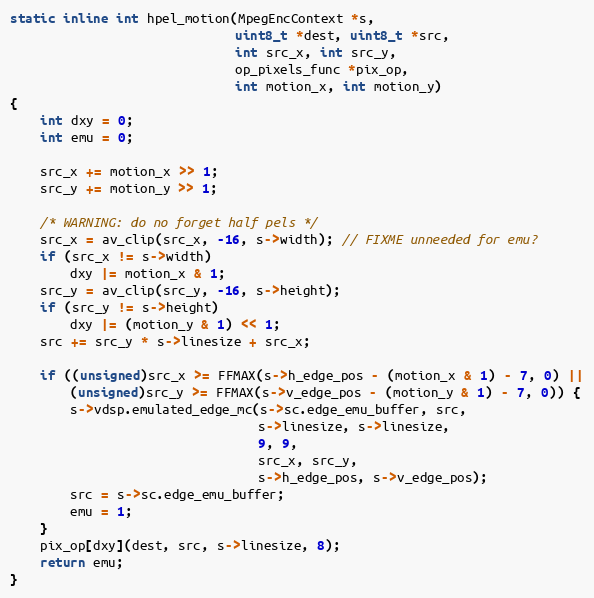
Language: C
static inline int hpel_motion(MpegEncContext *s,
                              uint8_t *dest, uint8_t *src,
                              int src_x, int src_y,
                              op_pixels_func *pix_op,
                              int motion_x, int motion_y)
{
    int dxy = 0;
    int emu = 0;

    src_x += motion_x >> 1;
    src_y += motion_y >> 1;

    /* WARNING: do no forget half pels */
    src_x = av_clip(src_x, -16, s->width); // FIXME unneeded for emu?
    if (src_x != s->width)
        dxy |= motion_x & 1;
    src_y = av_clip(src_y, -16, s->height);
    if (src_y != s->height)
        dxy |= (motion_y & 1) << 1;
    src += src_y * s->linesize + src_x;

    if ((unsigned)src_x >= FFMAX(s->h_edge_pos - (motion_x & 1) - 7, 0) ||
        (unsigned)src_y >= FFMAX(s->v_edge_pos - (motion_y & 1) - 7, 0)) {
        s->vdsp.emulated_edge_mc(s->sc.edge_emu_buffer, src,
                                 s->linesize, s->linesize,
                                 9, 9,
                                 src_x, src_y,
                                 s->h_edge_pos, s->v_edge_pos);
        src = s->sc.edge_emu_buffer;
        emu = 1;
    }
    pix_op[dxy](dest, src, s->linesize, 8);
    return emu;
}